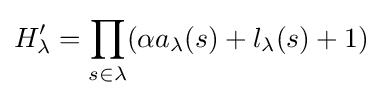
H'_{\lambda }=\prod _{s\in \lambda }(\alpha a_{\lambda }(s)+l_{\lambda }(s)+1)